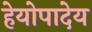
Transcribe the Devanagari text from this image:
हेयोपादेय